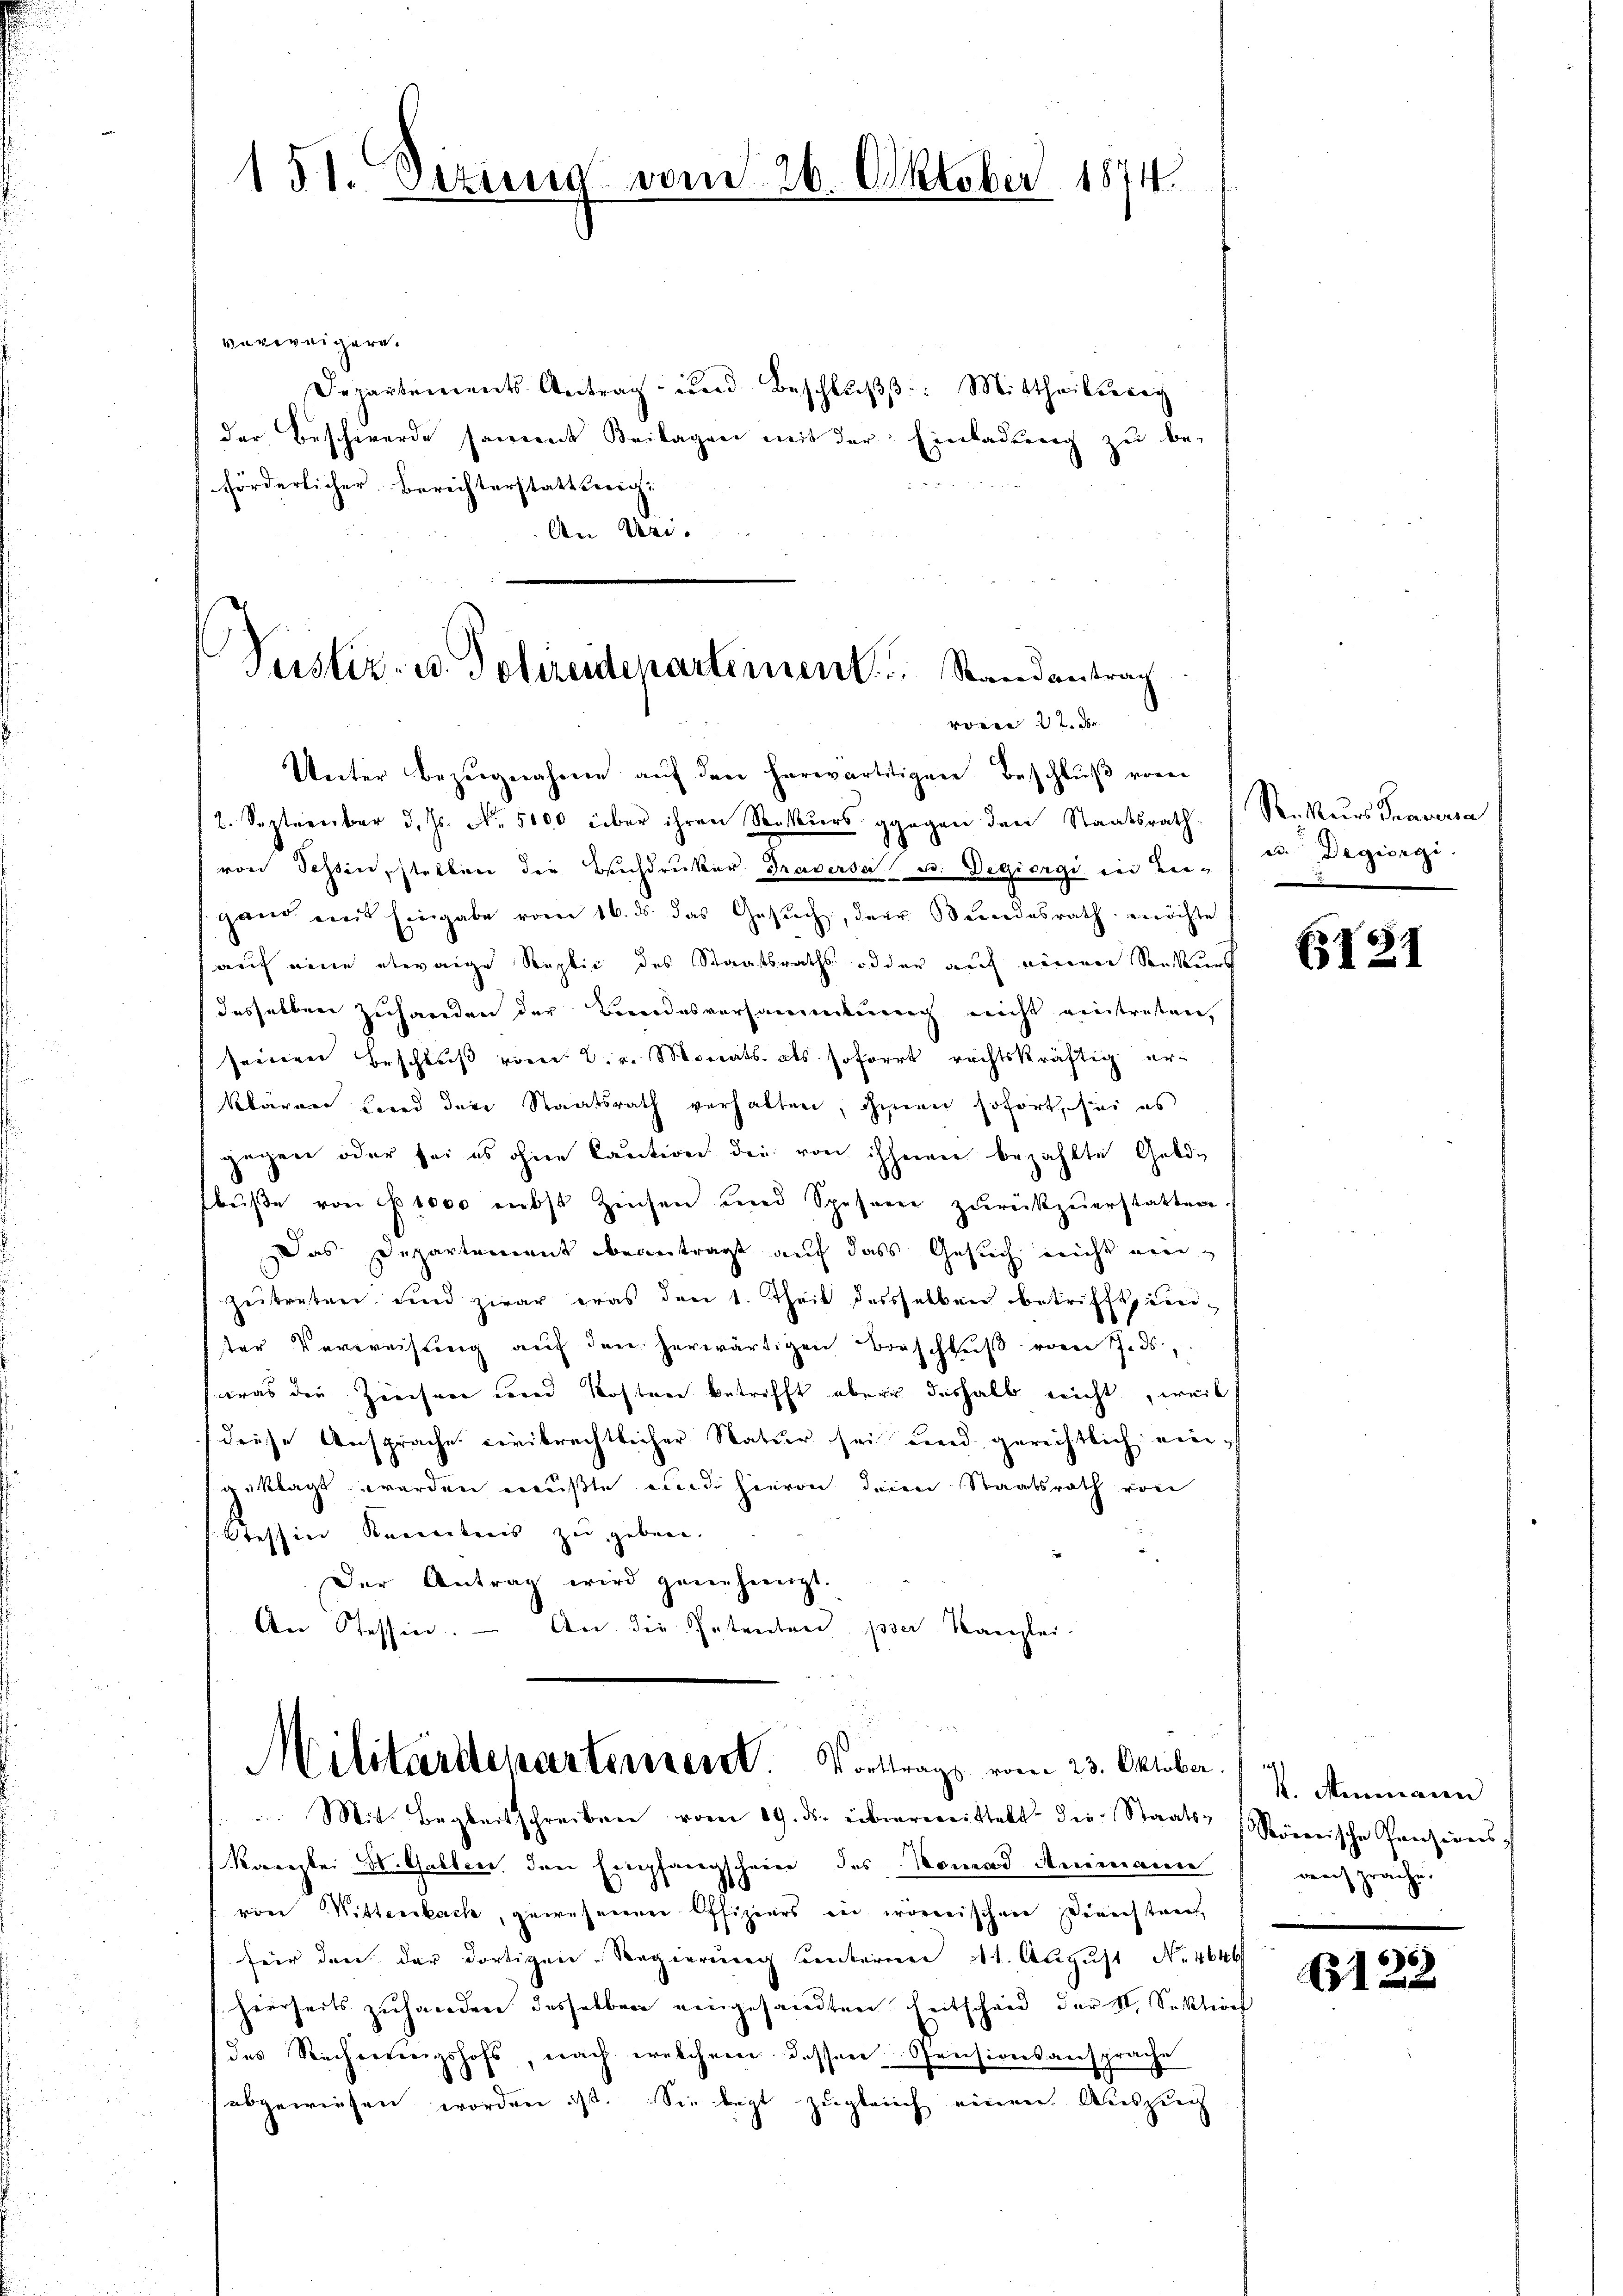
151. Setzung vom 26. Oktober 1874.

verweigern.
Departements Antrag und Beschlŭβ: Mittheilsreg
der Beschwerde sament Beilagen mit der Einladung zu be-
förderlicher Berichterstattsreich
An Uri.

Pustiz- u. Polirendepartement. Randantrag
  und

Unter Bezŭgnahme aŭf den herwärtitigen Beschlŭβ vom
2. September d. Js. No. 5100 über ihren Seekŭrs gegen den Staatsrath Rekŭrs Traversa
von Schin, stellen die Buchdruker Traversa (u. Degiorgi in Le- Degiorgi.
gand mit Eingabe vom 16. ds. das Gesŭch, der Beredesrath möchte
(auf eine etwaige Replic des Staatsraths oder auf meiner Sonsteurs
desselben Zuhanden der Bordesversammlung nicht eintreten,
seinen Erschluß vom 2. v. Monats als soforrt rechtskräftig er-
klärung Land dere Staatsrath verhalten, ihnen sofort, sei es
gegen oder sei es ohne Caution der von ihnen bezahlte Geld-
buße von 1000 nebst Zinsen und Spahren zŭrückzuerstatten.
Das Departement beantragt auf dass Gesuch nicht ein¬
Zeitreten und zwar eras den 1. Theil desselben betrifft einter Verweisung auf den herwärtigen Beschluß vom 7. ds.
was die Ziechen und Kosten betrifft aber deshalb nicht, weil
diese Ansprache civilrechtlicher Natur sei und gerechtlich eingeklagt werden mußte und hievon deien Staatsrath von
Sessier Kamentaris zu geben.
Der Antrag wird genehmerzt.
An Tessin. — An die Petenten per Kanzlei-

n
Militärdepartersend. Vortrags vom 23. Oktober.   Ammann

Mit Begleitschreiben vom 19. ds. überweittelt die Staats-Regierische Ganzeins
Kanzlei Mithalten. den Empfangscheine des Nomad Animann
vore Mittenbach, gewesenen Offiziers in corrischen Dienstant
für den der dortigen Regierung unterm 11. August No. 4646/
hierseits zuhanden desselben eingesandten Entscheid der II. Sektion
des Rechneringshofs, nach welchem dessen Preisionsansprache
abgewiesen worden ist. Sie legt zugleich einen Auszug

E21

ansprache.

6
1